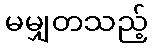
မမျှတသည့်